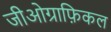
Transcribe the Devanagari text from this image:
जीओग्राफ़िकल